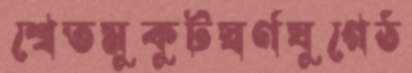
শ্বেতমুকুটস্বর্ণযুগেঠ